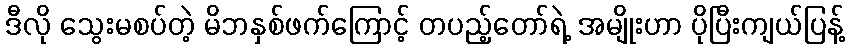
ဒီလို သွေးမစပ်တဲ့ မိဘနှစ်ဖက်ကြောင့် တပည့်တော်ရဲ့ အမျိုးဟာ ပိုပြီးကျယ်ပြန့်